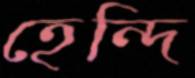
হেন্দি